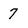
Character: 7